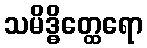
သမိဒ္ဓိတ္ထေရော